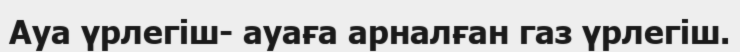
Ауа үрлегіш- ауаға арналған газ үрлегіш.